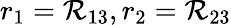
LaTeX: r_{1}=\mathcal{R}_{13},r_{2}=\mathcal{R}_{23}